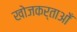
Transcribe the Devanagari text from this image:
खोजकर्ताओँ